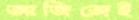
আজিজেই